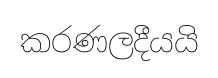
කරණලදීයයි